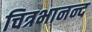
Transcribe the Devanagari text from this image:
चित्रभानन्द